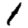
Digit: 1